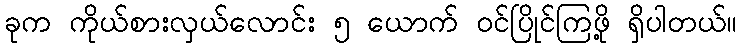
ခုက ကိုယ်စားလှယ်လောင်း ၅ ယောက် ဝင်ပြိုင်ကြဖို့ ရှိပါတယ်။